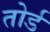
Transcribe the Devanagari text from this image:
तोर्ड